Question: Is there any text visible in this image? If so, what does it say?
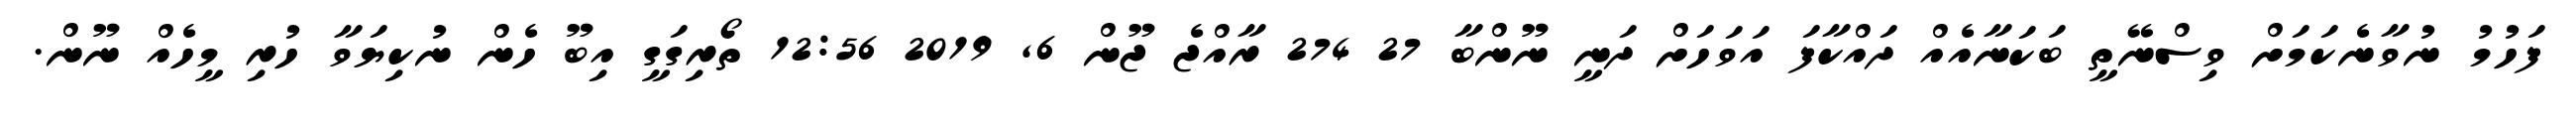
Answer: ފަހުމު ނުވާނެކަމަށް ވިސްނޭތީ ބަކަނާއެއް ދައްކާފަ އަވަހަށް ދަނީ ނޫންބާ 27 274 ރާއްޖެ ޖޫން 6, 2019 12:56 ތޯރިގަގީ އިބޫ ހެން ނުކިޔަވާ ހުރި މީހެއް ނޫން.